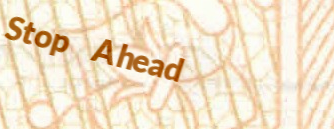
Stop Ahead